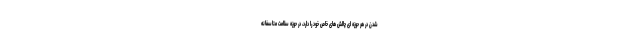
شدن در هر حوزه ای چالش های خاص خود را دارد، در حوزه سلامت متاسفانه